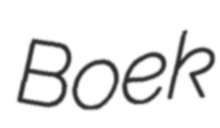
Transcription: Boek